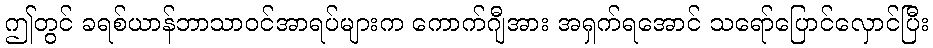
ဤတွင် ခရစ်ယာန်ဘာသာဝင်အာရပ်များက ကောက်ဂျီအား အရှက်ရအောင် သရော်ပြောင်လှောင်ပြီး